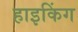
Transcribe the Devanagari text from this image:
हाइकिंग